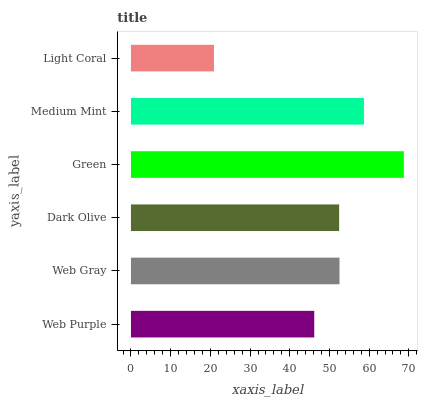
| yaxis_label | bars |
 | --- | --- |
 | Web Purple | 46.2 |
 | Web Gray | 52.5 |
 | Dark Olive | 52.4 |
 | Green | 68.7 |
 | Medium Mint | 58.7 |
 | Light Coral | 20.9 |